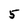
Character: 5